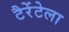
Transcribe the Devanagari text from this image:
टैरेंटेला